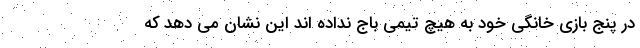
در پنج بازی خانگی خود به هیچ تیمی باج نداده اند این نشان می دهد که